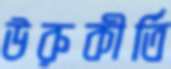
উরুকীর্তি